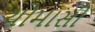
ચોમાસી